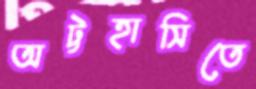
অট্টহাসিতে